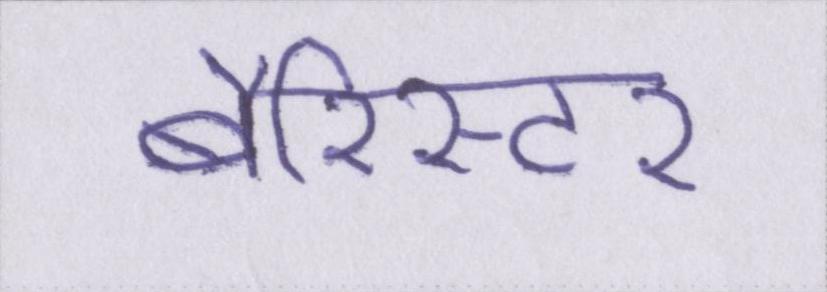
बैरिस्टर